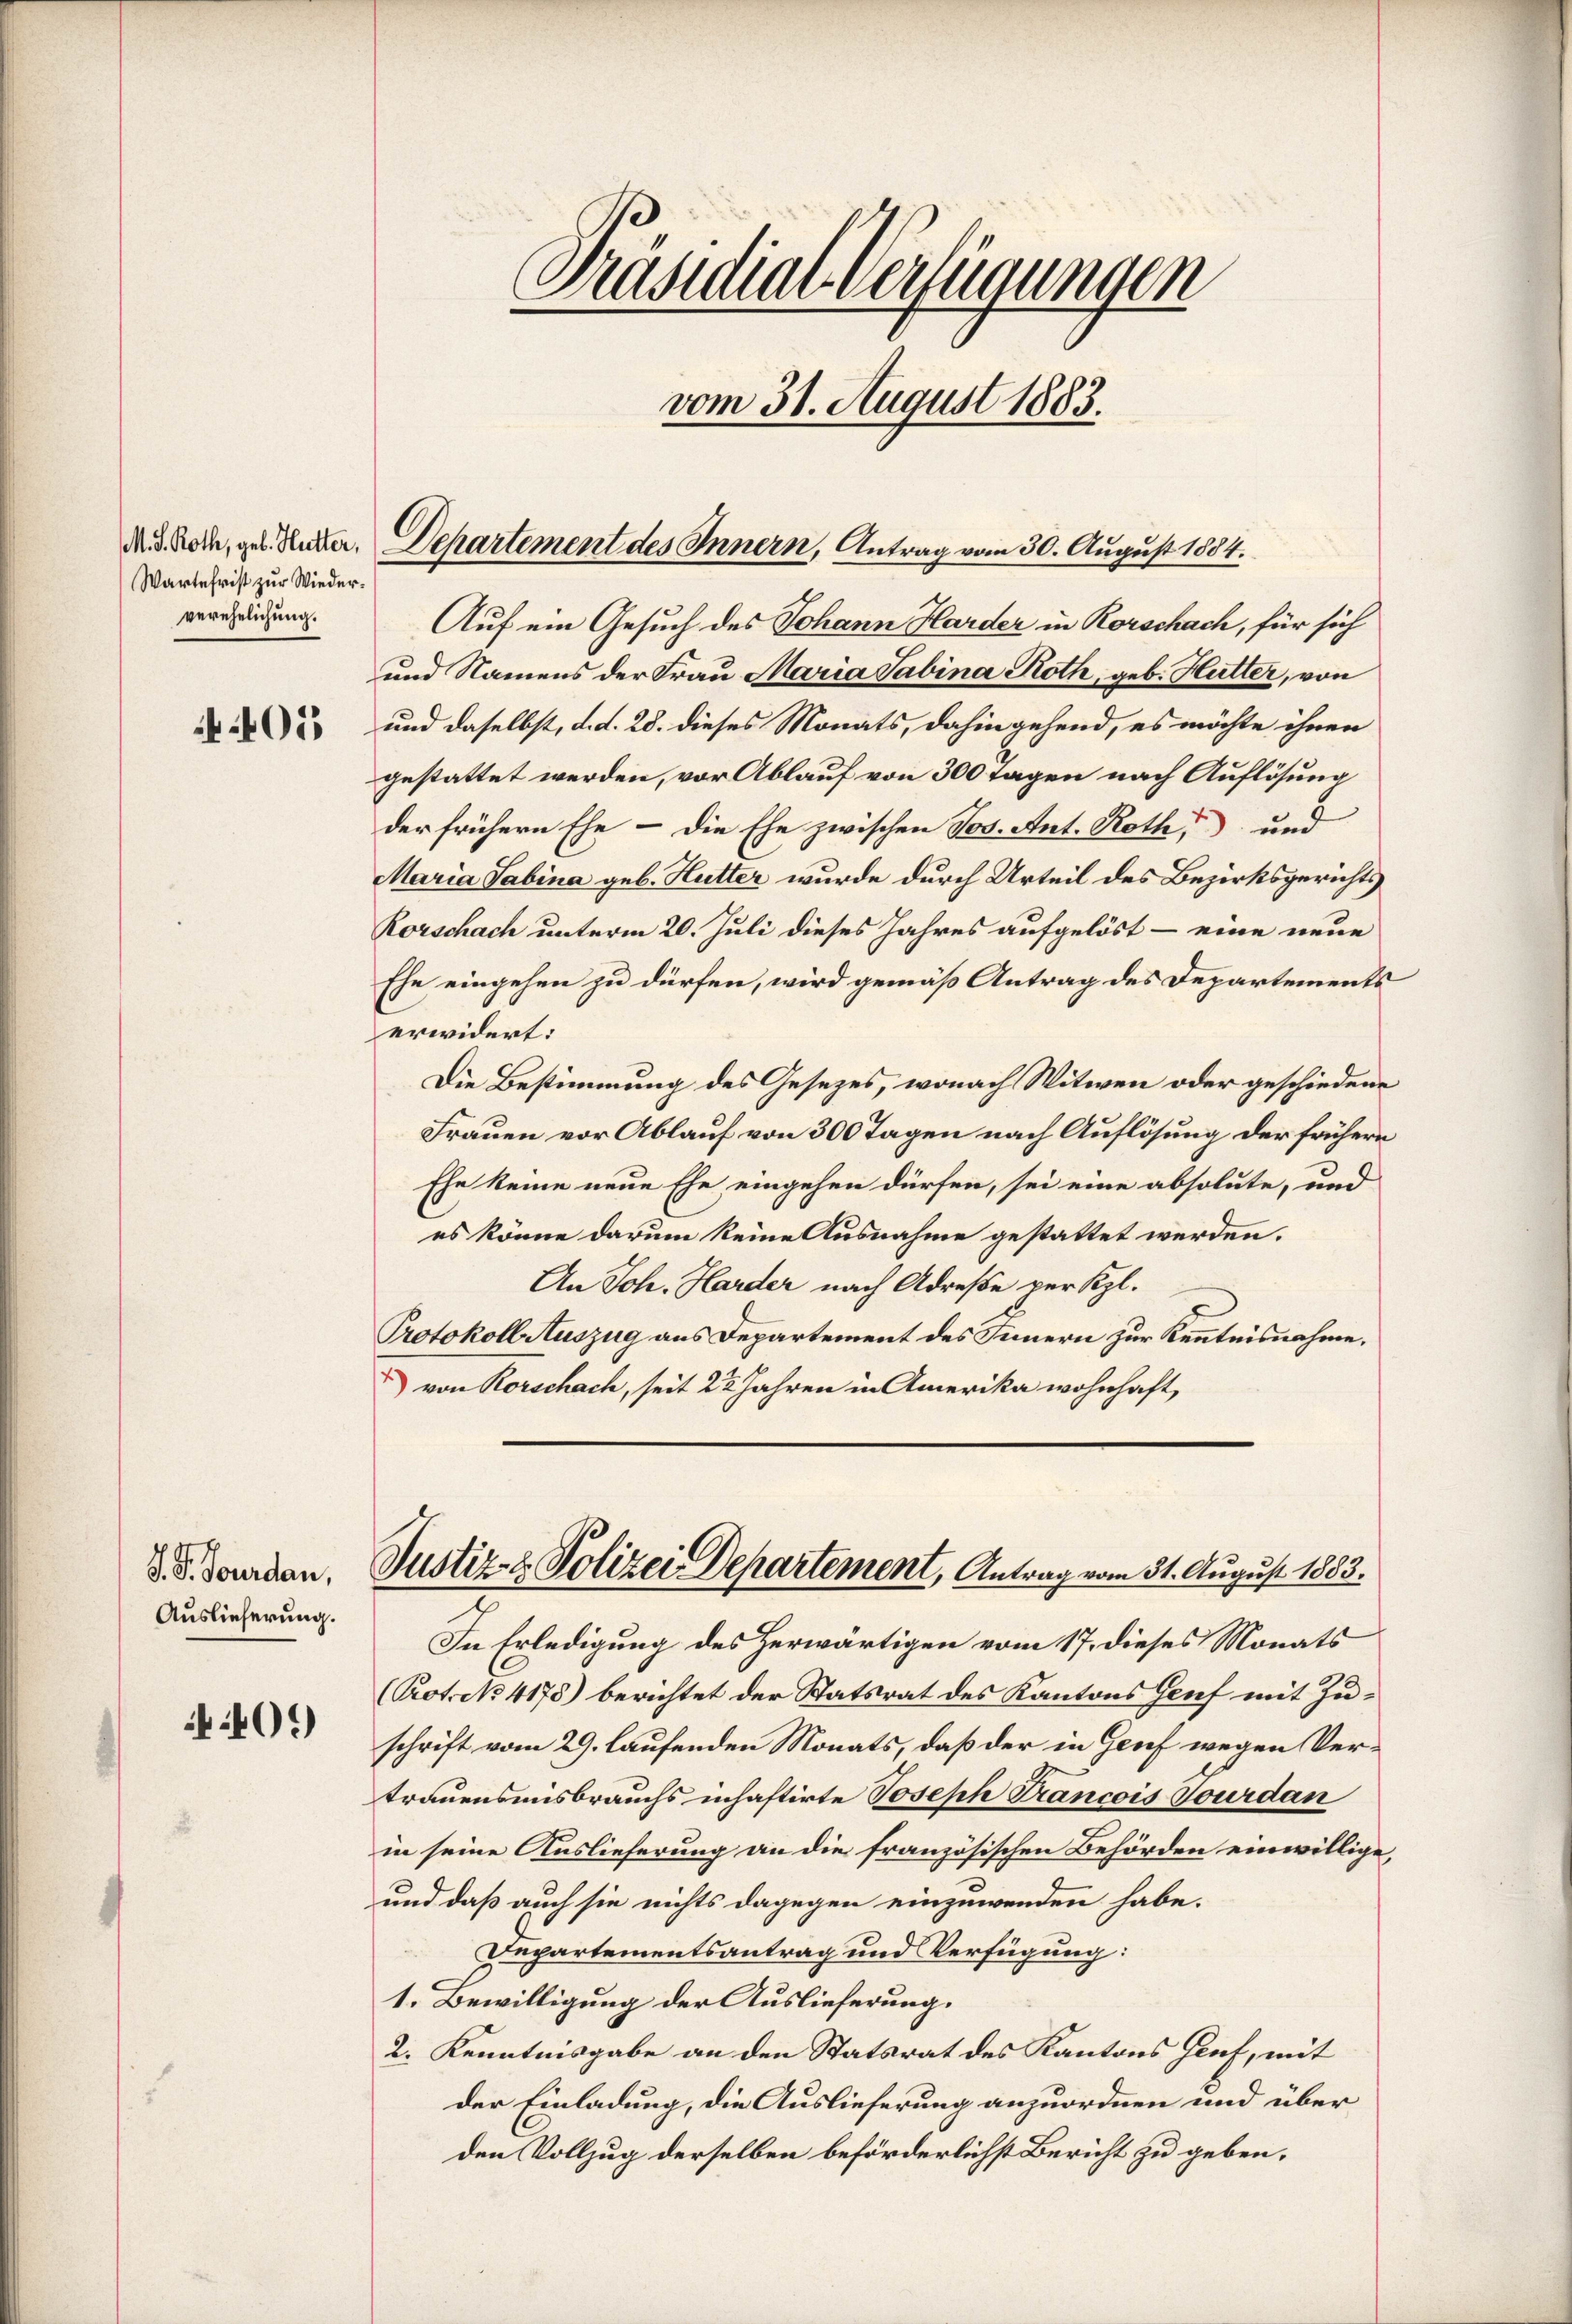
M. D. Roth, geb. Hutter,
Wartefrist zur Wiederverehelichung.

01

S. S. Tourdau,
Auslieferung.

09

Präsidial-Verfügungen
vom 31. August 1883.

Dchartement des Innern, Antrag vom 30. August 1884.

Auf ein Gesuch des Johann Harder in Rorschach, für sich
und Namens der Frau Maria Sabina Roth, geb. Hütter, von
und daselbst, d. d. 28. dieses Monats, dahin gehend, es möchte ihnen
gestattet werden, vor Ablauf von 300 Tagen nach Auflösung
der frühern Ehe - die Ehe zwischen Jos. Ant. Roth, und
Maria Sabina geb. Hutter wurde durch Urteil des Bezirksgerichts
Korschach unterm 20. Juli dieses Jahres aufgelöst – eine neue
Ehe eingehen zu dürfen, wird gemäß Antrag des Departements
erwidert:
Die Bestimmung des Gesetzes, wonach Witwen oder geschiedene
Frauen vor Ablauf von 300 Tagen nach Auflösung der frühern
Ehe keine neue Ehe, eingehen dürfen, sei eine absolute, und
es könne darum keine Ausnahme gestattet werden.
An Joh. Harder nach Adresse per Szl.
Protokoll Auszug aus Departement des Innern zur Kenntnisnahme.
 von Rorschach, seit 22 Jahren in Amerika wohnhaft,

Justiz- & Polizei Departement, Antrag vom 31. August 1883.

In Erledigung des Herwärtigen vom 17. dieses Monats
(Prot. N. 4178) berichtet der Statsrat des Kantons Genf mit Zuschrift vom 29. laufenden Monats, daß der in Genf wegen Vertrauensmisbrauchs inhaftirte Joseph Francois Tourdan
in seine Auslieferung an die französischen Behörden einwillige,
und daß auch sie nichts dagegen einzuwenden habe.
Dapartementsantrag und Verfügung:
1. Bewilligung der Auslieferung.
2. Kenntnisgabe an den Statsrat des Kantons Genf, mit
der Einladung, die Auslieferung anzuordnen und über
den Vollzug derselben beförderlichst Bericht zu geben.